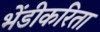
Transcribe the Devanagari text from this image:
भेंडीकरिता